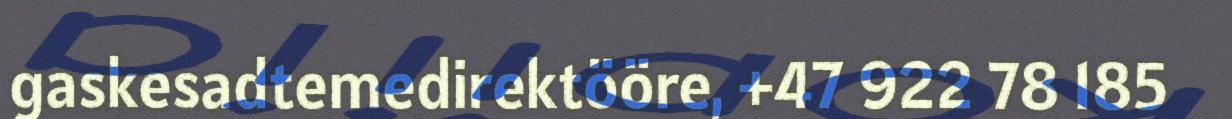
gaskesadtemedirektööre, +47 922 78 185